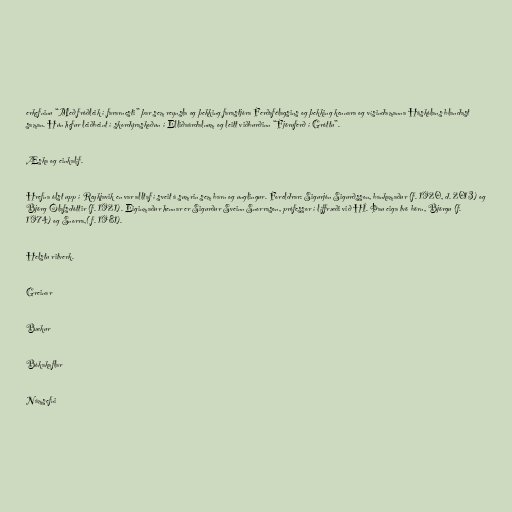
erkefninu “Með fróðleik í fararnesti” þar sem reynsla og þekking farastjóra Ferðafélagsins og þekking kennara og vísindamanna Háskólans blandast
saman. Hún hefur leiðbeint í skordýraskoðun í Elliðaárdalnum og leitt viðburðinn “Fjöruferð í Gróttu”.

Æska og einkalíf.

Hrefna ólst upp í Reykjavik en var alltaf í sveit á sumrin sem barn og unglingur. Foreldrar: Sigurjón Sigurðsson, bankamaður (f. 1920, d. 2013) og
Björg Ólafsdóttir (f. 1921). Eiginmaður hennar er Sigurður Sveinn Snorrason, prófessor í líffræði við HÍ. Þau eiga tvö börn, Björgu (f.
1974) og Snorra,( f. 1981).

Helstu ritverk.

Greinar

Bækur

Bókakaflar

Námsefni